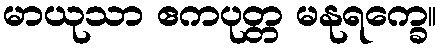
မာယုသာ ဧကပုတ္တ မနုရက္ခေ။